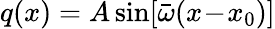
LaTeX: q(x)=A\sin[{\bar{\omega}}(x\! -\! x_{0})]